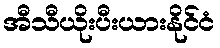
အီသီယိုးပီးယားနိုင်ငံ